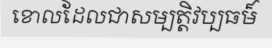
ខោលដែលជាសម្បត្តិវប្បធម៏